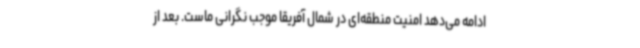
ادامه می‌دهد امنیت منطقه‌ای در شمال آفریقا موجب نگرانی ماست. بعد از